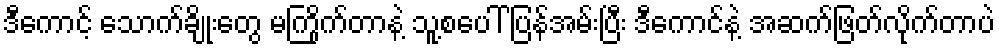
ဒီကောင့် သောက်ချိုးတွေ မကြိုက်တာနဲ့ သူ့စပေါ် ပြန်အမ်းပြီး ဒီကောင်နဲ့ အဆက်ဖြတ်လိုက်တာပဲ